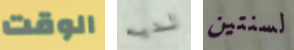
الوقت لديه لسنتين